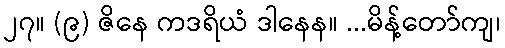
၂၇။ (၉) ဇိနေ ကဒရိယံ ဒါနေန။ ...မိန့်တော်ကျ၊